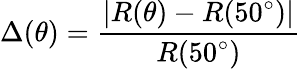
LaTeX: \Delta(\theta)=\frac{|R(\theta)-R(50^{\circ})|}{R(50^{\circ})}